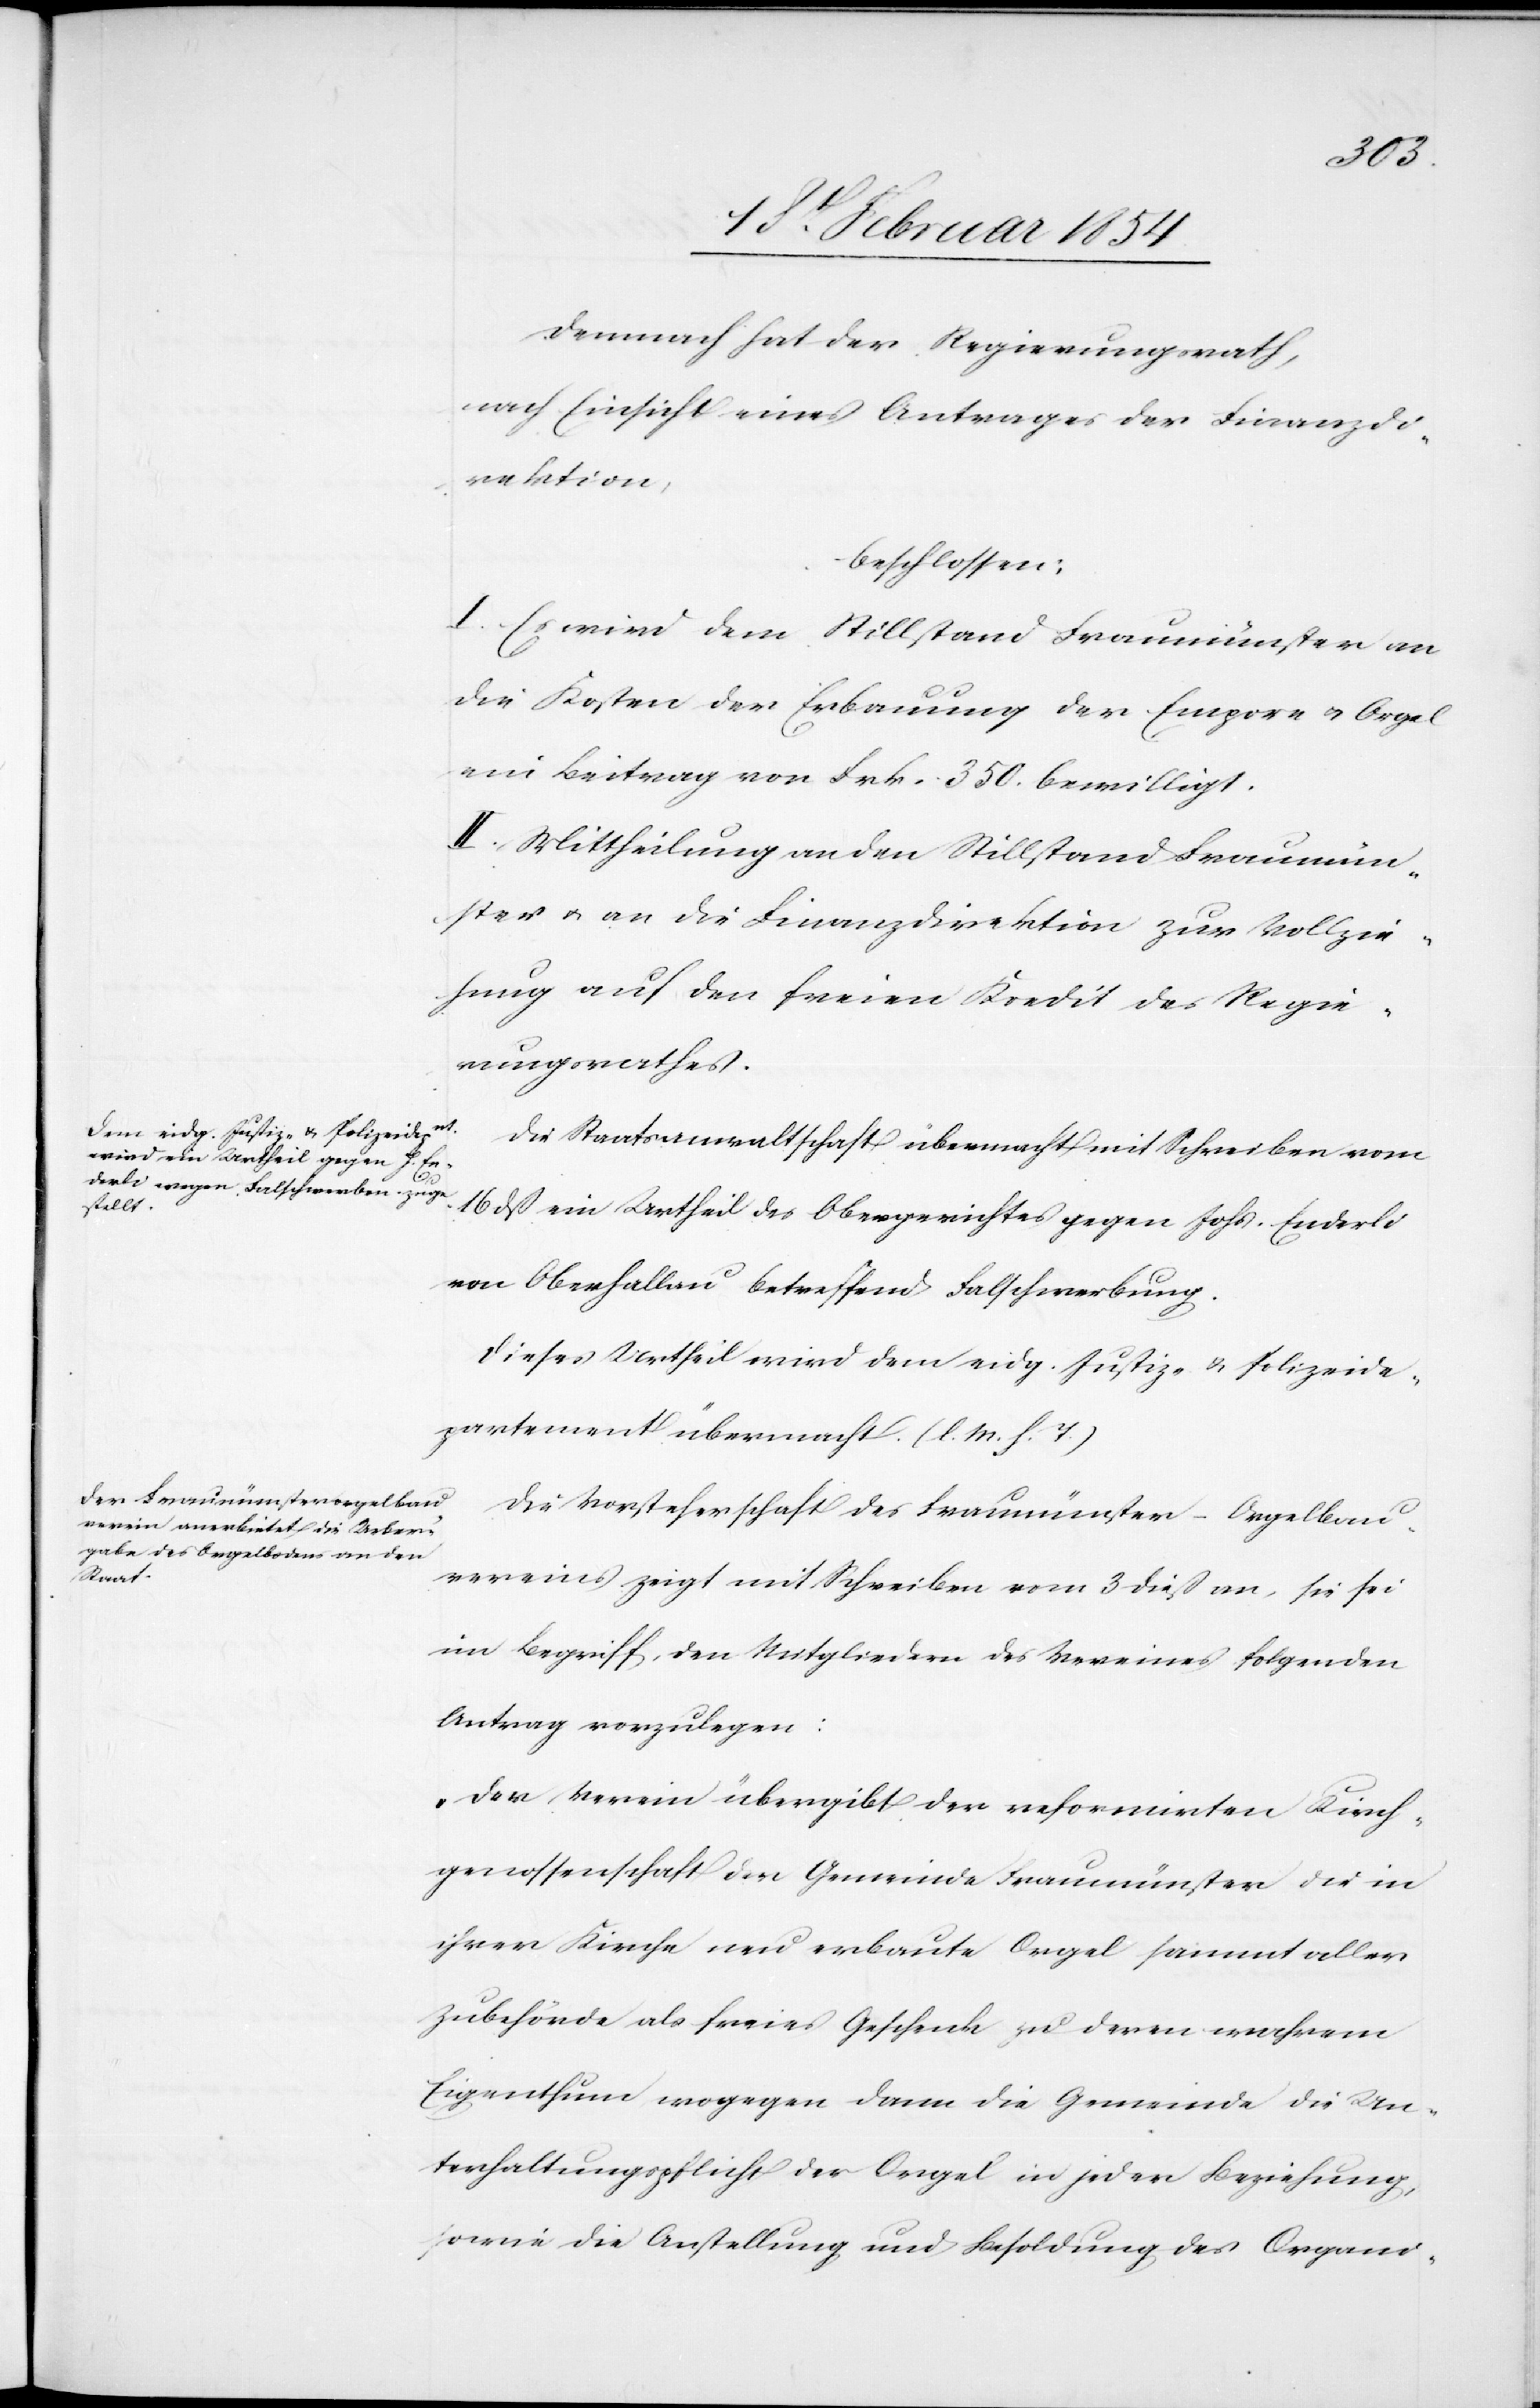
Demnach hat der Regierungsrath,
nach Einsicht eines Antrages der Finanzdi¬
rektion,
beschlossen:
I. Es wird dem Stillstand Fraumünster an
die Kosten der Erbauung der Empore u. Orgel
ein Beitrag von Frk. 350. bewilligt.
II. Mittheilung an den Stillstand Fraumün¬
ster u. an die Finanzdirektion zur Vollzie¬
hung auf den freien Kredit des Regie¬
rungsrathes.
Die Staatsanwaltschaft übermacht mit Schreiben vom
16 dß ein Urtheil des Obergerichtes gegen Johs. Enderli
von Oberhallau betrefend Falschwerbung.
Dieses Urtheil wird dem eidg. Justiz- u. Polizeide¬
partement übermacht. (l. M. h. T.)
Die Vorsteherschaft des Fraumünster-Orgelbau¬
vereins zeigt mit Schreiben vom 3 dieß an, sie sei
im Begriff, den Mitgliedern des Vereins folgenden
Antrag vorzulegen:
„Der Verein übergibt der reformirten Kirch¬
genossenschaft der Gemeinde Fraumünster die in
ihrer Kirche neu erbaute Orgel sammt aller
Zubehörde als freies Geschenk zu deren wahrem
Eigenthum wogegen dann die Gemeinde die Un¬
terhaltungspflicht der Orgel in jeder Beziehung,
sowie die Anstellung und Besoldung des Organi-